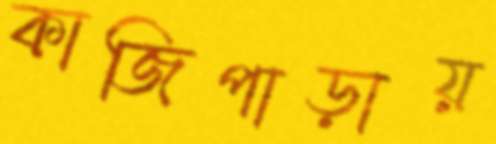
কাজিপাড়ায়